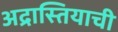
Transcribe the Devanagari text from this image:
अद्रास्तियाची